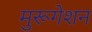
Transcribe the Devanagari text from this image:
मुरूगेशन